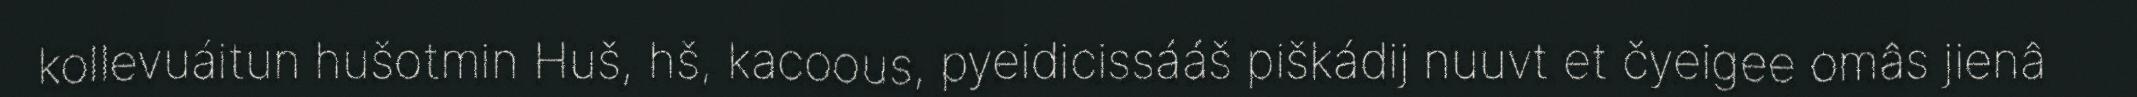
kollevuáitun hušotmin Huš, hš, kacoous, pyeidicissááš piškádij nuuvt et čyeigee omâs jienâ